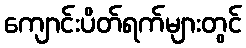
ကျောင်းပိတ်ရက်များတွင်